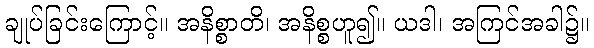
ချုပ်ခြင်းကြောင့်။ အနိစ္စာတိ၊ အနိစ္စဟူ၍။ ယဒါ၊ အကြင်အခါ၌။